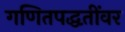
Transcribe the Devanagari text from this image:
गणितपद्धतींवर